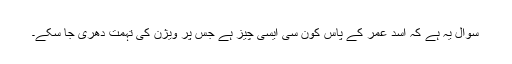
سوال یہ ہے کہ اسد عمر کے پاس کون سی ایسی چیز ہے جس پر ویژن کی تہمت دھری جا سکے۔